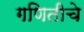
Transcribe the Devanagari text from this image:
गणितीचे